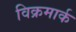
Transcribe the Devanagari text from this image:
विक्रमार्क